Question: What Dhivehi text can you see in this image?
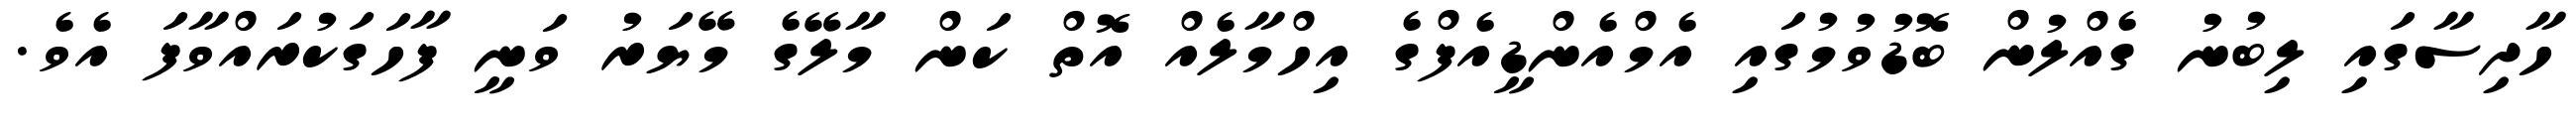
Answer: ހާދިސާގައި ލިބުނު ގެއްލުން ބޮޑުވުމުގައި އެމްއެންޑީއެފްގެ އިހްމާލެއް އޮތް ކަން މާލޭގެ މޭޔަރު ވަނީ ފާހަގަކުރައްވާފަ އެވެ.